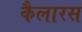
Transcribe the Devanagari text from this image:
कैलारस